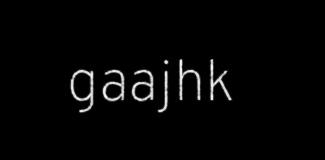
gaajhk